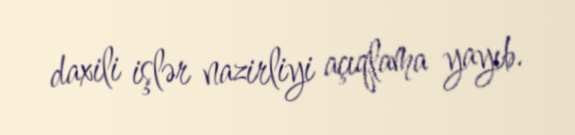
daxili işlər nazirliyi açıqlama yayıb.